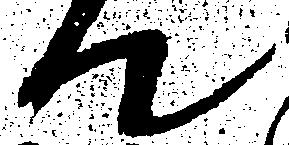
て